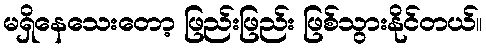
မရှိနေသေးတော့ ဖြည်းဖြည်း ဖြစ်သွားနိုင်တယ်။